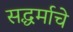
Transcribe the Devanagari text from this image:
सद्धर्माचे